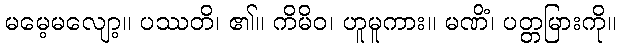
မမေ့မလျော့။ ပဿတိ၊ ၏။ ကိမိဝ၊ ဟူမူကား။ မဏိံ၊ ပတ္တမြားကို။